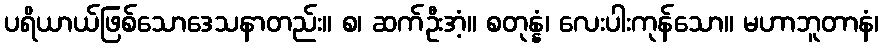
ပရိယာယ်ဖြစ်သောဒေသနာတည်း။ စ၊ ဆက်ဦးအံ့။ စတုန္နံ၊ လေးပါးကုန်သော။ မဟာဘူတာနံ၊